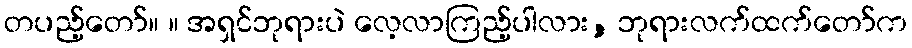
တပည့်တော်။ ။ အရှင်ဘုရားပဲ လေ့လာကြည့်ပါလား, ဘုရားလက်ထက်တော်က